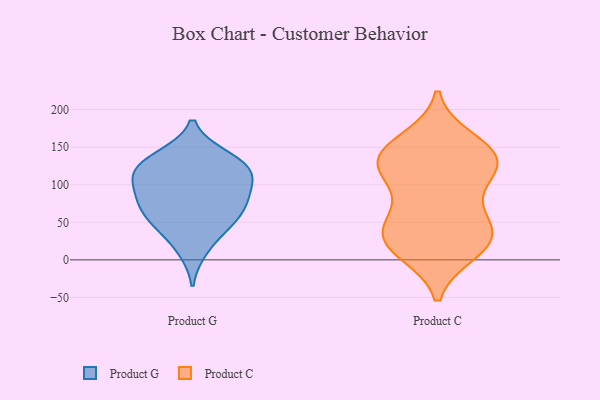
{"axis": {"x": "Churn Rate (%)", "y": "Value"}, "legend": ["Product C", "Product G"], "data": [{"x": "", "y": 115, "type": "Product G"}, {"x": "", "y": 46, "type": "Product G"}, {"x": "", "y": 13, "type": "Product G"}, {"x": "", "y": 138, "type": "Product G"}, {"x": "", "y": 65, "type": "Product G"}, {"x": "", "y": 45, "type": "Product G"}, {"x": "", "y": 85, "type": "Product G"}, {"x": "", "y": 119, "type": "Product G"}, {"x": "", "y": 115, "type": "Product G"}, {"x": "", "y": 91, "type": "Product G"}, {"x": "", "y": 82, "type": "Product G"}, {"x": "", "y": 118, "type": "Product G"}, {"x": "", "y": 138, "type": "Product G"}, {"x": "", "y": 64, "type": "Product G"}, {"x": "", "y": 141, "type": "Product C"}, {"x": "", "y": 132, "type": "Product C"}, {"x": "", "y": 122, "type": "Product C"}, {"x": "", "y": 33, "type": "Product C"}, {"x": "", "y": 21, "type": "Product C"}, {"x": "", "y": 95, "type": "Product C"}, {"x": "", "y": 144, "type": "Product C"}, {"x": "", "y": 36, "type": "Product C"}, {"x": "", "y": 19, "type": "Product C"}, {"x": "", "y": 12, "type": "Product C"}, {"x": "", "y": 130, "type": "Product C"}, {"x": "", "y": 158, "type": "Product C"}, {"x": "", "y": 56, "type": "Product C"}, {"x": "", "y": 48, "type": "Product C"}, {"x": "", "y": 122, "type": "Product C"}]}